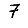
Digit: 7